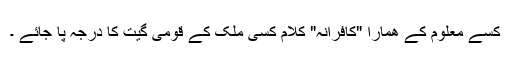
کسے معلوم کے ھمارا "کافرانہ" کلام کسی ملک کے قومی گیت کا درجہ پا جائے ۔